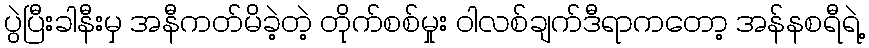
ပွဲပြီးခါနီးမှ အနီကတ်မိခဲ့တဲ့ တိုက်စစ်မှုး ဝါလစ်ချက်ဒီရာကတော့ အန်နစရီရဲ့